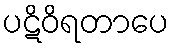
ပဋိဝိရတာပေ